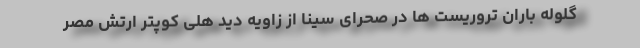
گلوله باران تروریست ها در صحرای سینا از زاویه دید هلی کوپتر ارتش مصر